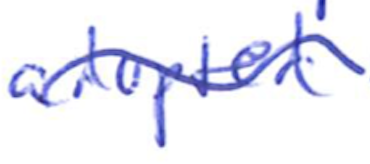
Text: adopted
Cross-out: mix
Writing tool: ballpoint